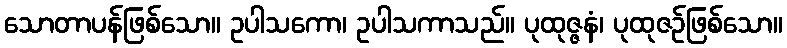
သောတာပန်ဖြစ်သော။ ဥပါသကော၊ ဥပါသကာသည်။ ပုထုဇ္ဇနံ၊ ပုထုဇဉ်ဖြစ်သော။